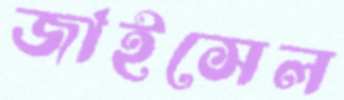
জাইসেল